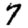
Digit: 7